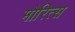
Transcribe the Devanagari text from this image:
मोरित्स